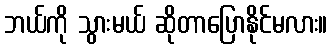
ဘယ်ကို သွားမယ် ဆိုတာပြောနိုင်မလား။